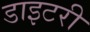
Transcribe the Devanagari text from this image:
डाइटरी